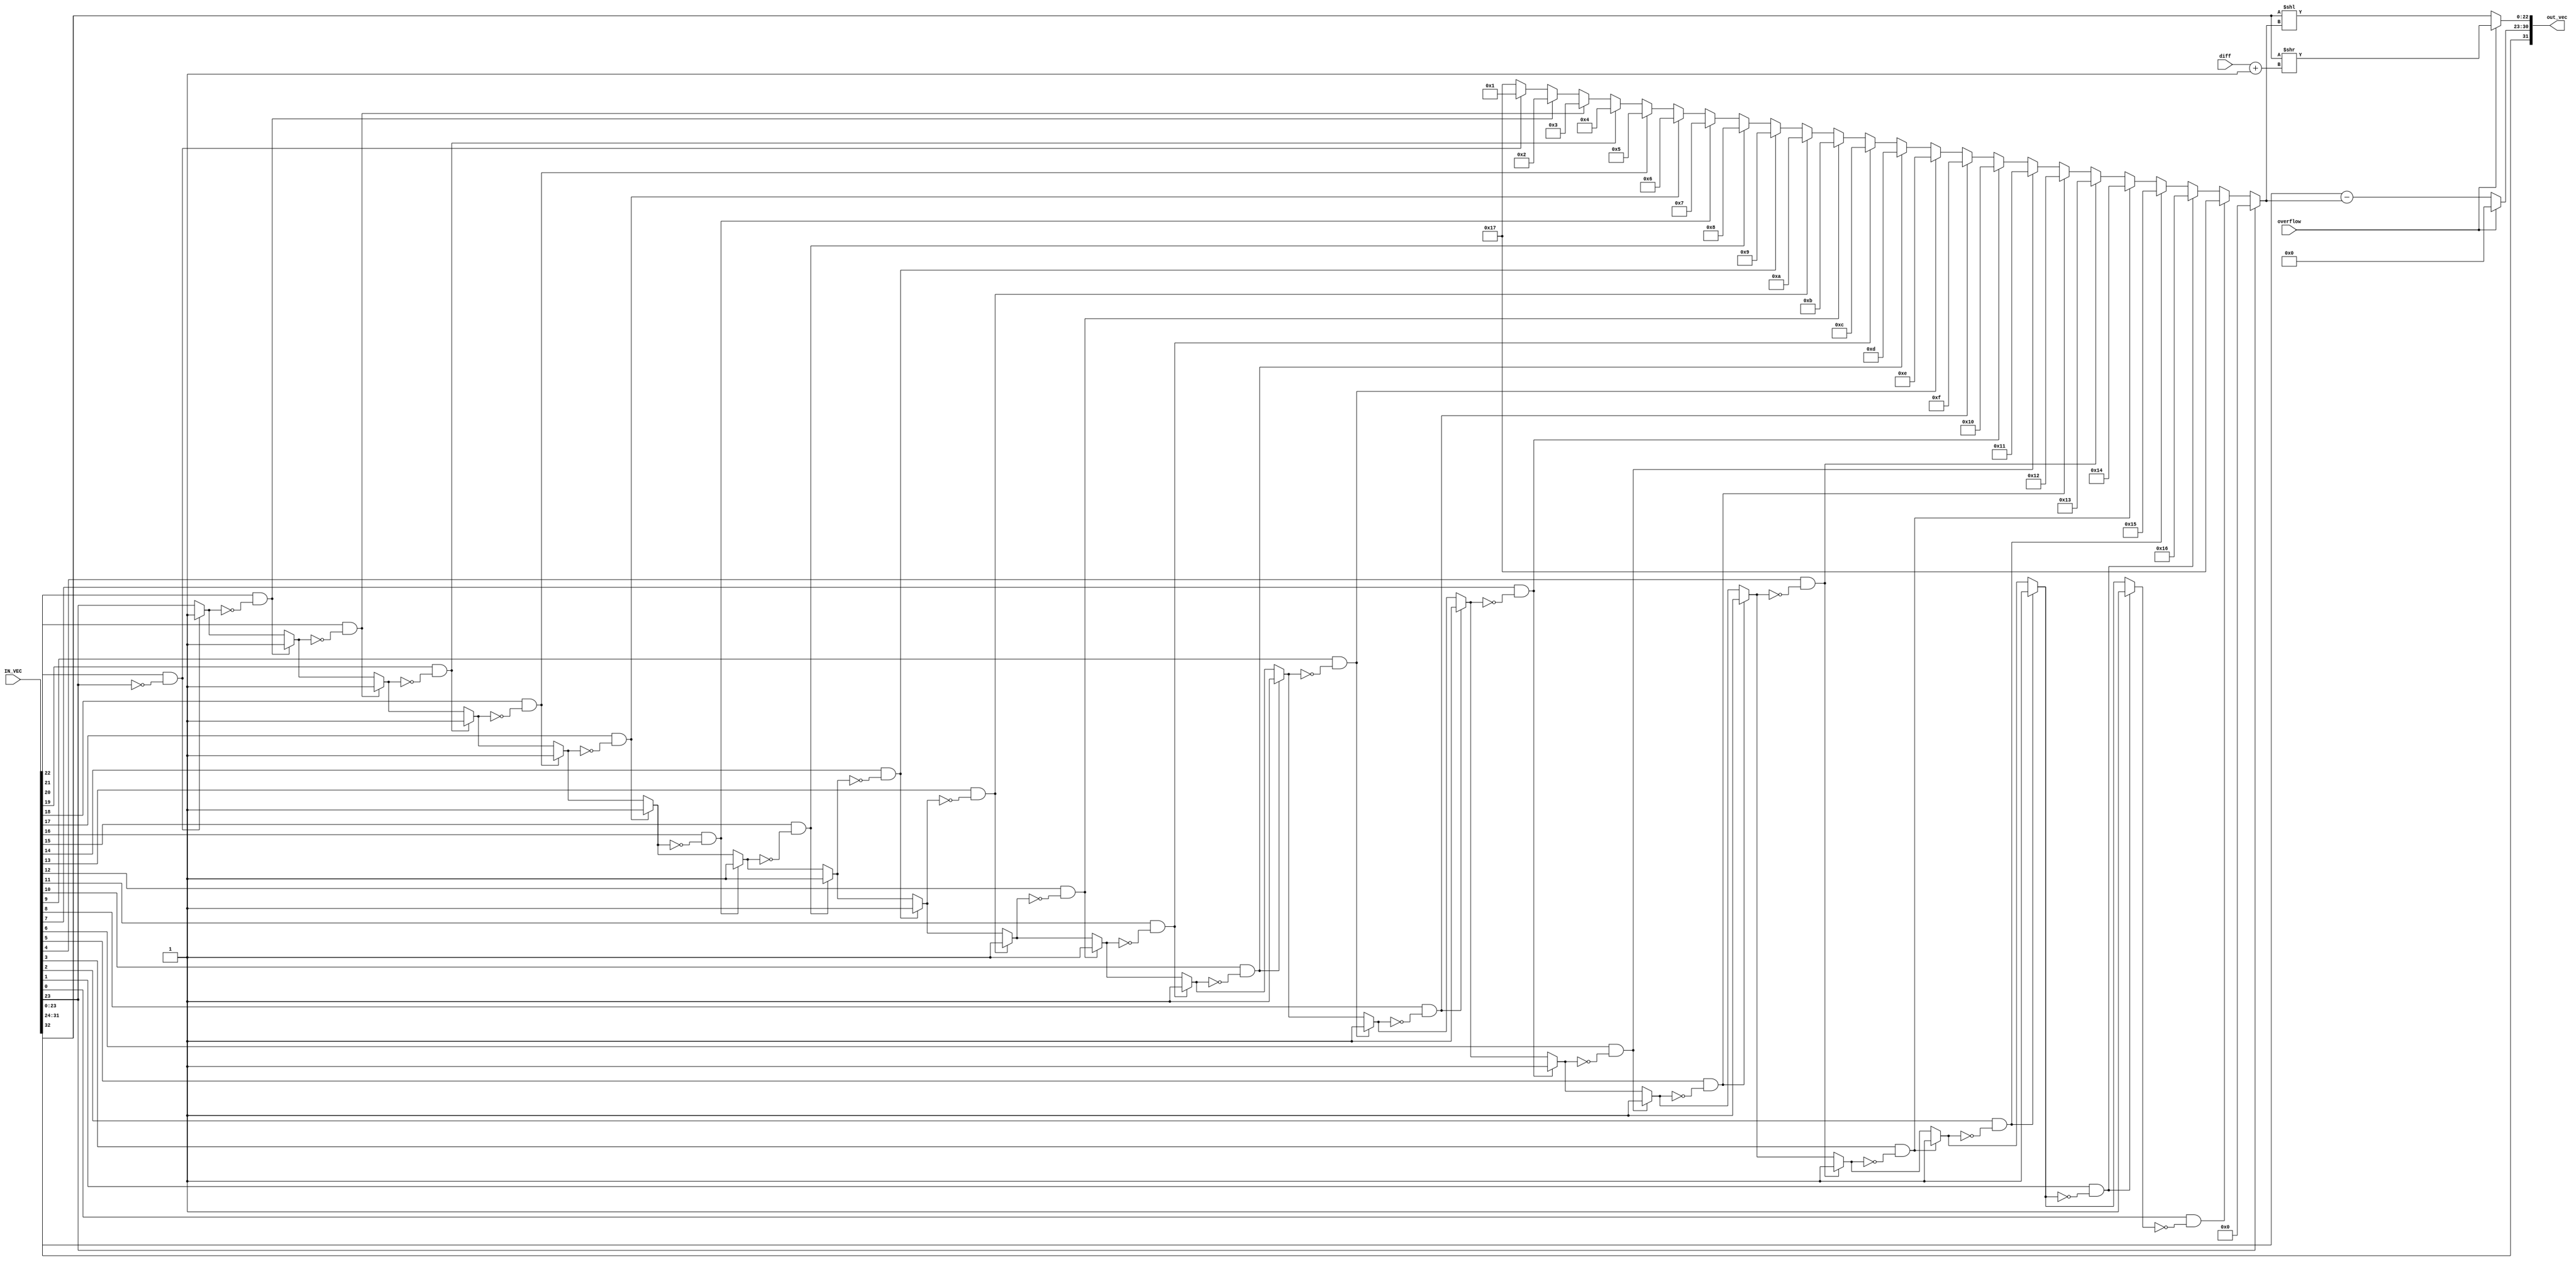
module stanard
(
    input   [32:0]      IN_VEC,
    input   [04:0]      diff, 
    input               overflow,
    output  [31:0]      out_vec
);

wire    [23:0]  data_in = IN_VEC[23:0];

wire    [23:0]  shft_LM, shft_RM;

wire    [4:0] count;

wire    [7:0] shft_l;
    
assign out_vec[31] = IN_VEC[32];

assign shft_l =  IN_VEC[31:24] - count;

assign shft_LM = IN_VEC[23:0] << count;

assign shft_RM = IN_VEC[23:0] >> (diff + 1'b1);

assign out_vec[30:23]   = (overflow)? 0 : shft_l;

assign out_vec[22:0]    = (overflow)? shft_RM[22:0] : shft_LM[22:0];

integer i;
reg [4:0] leading_zeros;
reg       first_bit;

always @(*) begin
    leading_zeros = 5'b10111; // Initialize to all ones (no leading zeros)
    first_bit = data_in[23];

    for (i = 23; i >= 0; i = i - 1) begin
        if ((data_in[i] == 1'b1) & (first_bit == 1'b0)) begin
            leading_zeros = 5'b10111 - i; // Count leading zeros
            first_bit = 1'b1;
        end
    end
end

assign count = (data_in[23]) ? 0 : leading_zeros;

endmodule //stanard